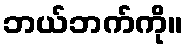
ဘယ်ဘက်ကို။